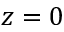
z = 0